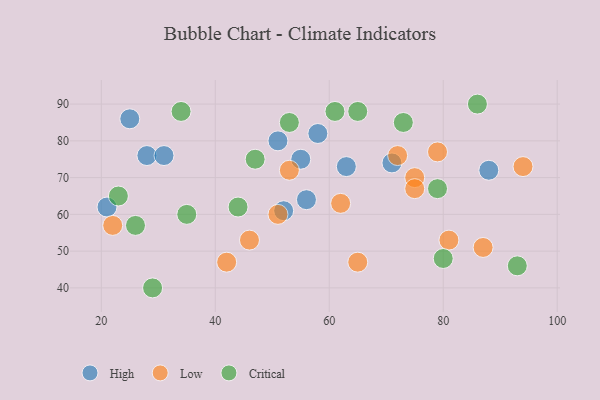
{"axis": {"x": "GDP", "y": "Life Expectancy"}, "legend": ["Critical", "High", "Low"], "data": [{"x": "71", "y": 74, "type": "High"}, {"x": "51", "y": 80, "type": "High"}, {"x": "88", "y": 72, "type": "High"}, {"x": "28", "y": 76, "type": "High"}, {"x": "31", "y": 76, "type": "High"}, {"x": "55", "y": 75, "type": "High"}, {"x": "58", "y": 82, "type": "High"}, {"x": "25", "y": 86, "type": "High"}, {"x": "21", "y": 62, "type": "High"}, {"x": "63", "y": 73, "type": "High"}, {"x": "52", "y": 61, "type": "High"}, {"x": "56", "y": 64, "type": "High"}, {"x": "46", "y": 53, "type": "Low"}, {"x": "94", "y": 73, "type": "Low"}, {"x": "87", "y": 51, "type": "Low"}, {"x": "75", "y": 70, "type": "Low"}, {"x": "42", "y": 47, "type": "Low"}, {"x": "22", "y": 57, "type": "Low"}, {"x": "62", "y": 63, "type": "Low"}, {"x": "79", "y": 77, "type": "Low"}, {"x": "72", "y": 76, "type": "Low"}, {"x": "65", "y": 47, "type": "Low"}, {"x": "75", "y": 67, "type": "Low"}, {"x": "81", "y": 53, "type": "Low"}, {"x": "53", "y": 72, "type": "Low"}, {"x": "51", "y": 60, "type": "Low"}, {"x": "44", "y": 62, "type": "Critical"}, {"x": "86", "y": 90, "type": "Critical"}, {"x": "26", "y": 57, "type": "Critical"}, {"x": "93", "y": 46, "type": "Critical"}, {"x": "29", "y": 40, "type": "Critical"}, {"x": "34", "y": 88, "type": "Critical"}, {"x": "35", "y": 60, "type": "Critical"}, {"x": "53", "y": 85, "type": "Critical"}, {"x": "79", "y": 67, "type": "Critical"}, {"x": "23", "y": 65, "type": "Critical"}, {"x": "47", "y": 75, "type": "Critical"}, {"x": "73", "y": 85, "type": "Critical"}, {"x": "80", "y": 48, "type": "Critical"}, {"x": "65", "y": 88, "type": "Critical"}, {"x": "61", "y": 88, "type": "Critical"}]}